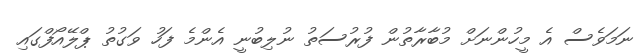
ނަމަވެސް އެ މީހުންނަށް މުބާރާތުން ފުރުސަތު ނުލިބުނީ އެންމެ ފަހު ވަގުތު ޕްލޭއޯފްގައި